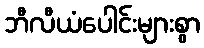
ဘီလီယံပေါင်းများစွာ